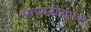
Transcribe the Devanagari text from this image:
सत्यवतीनामक